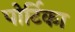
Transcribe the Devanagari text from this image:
पोर्टिका